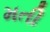
મતી